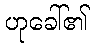
ဟုခေါ်၏